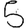
Digit: 5